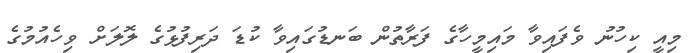
މިއީ ކިހުނު ވެފައިވާ މައިމީހާގެ ފަރާތުން ބަނޑުގައިވާ ކުޑަ ދަރިފުޅުގެ ލޮލަށް ވިހެއުމުގެ